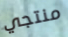
منتجي